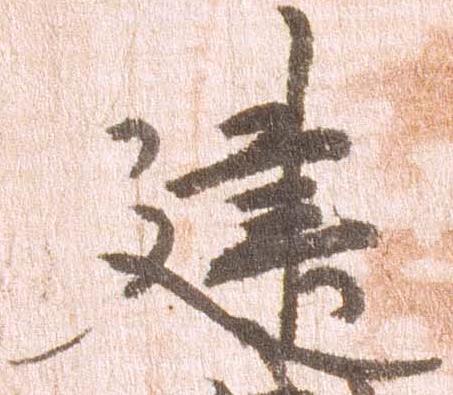
建